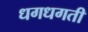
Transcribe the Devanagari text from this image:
धगधगती